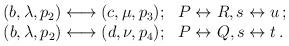
LaTeX: \begin{align*}\begin{array}{rl}(b, \lambda, p_{2}) \longleftrightarrow (c, \mu, p_{3}) ; &P \leftrightarrow R , s \leftrightarrow u \, ;\\(b, \lambda, p_{2}) \longleftrightarrow (d, \nu, p_{4}) ; &P \leftrightarrow Q , s \leftrightarrow t \, .\end{array}\end{align*}